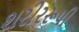
શરીરરૂપી